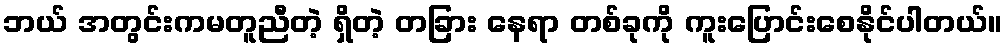
ဘယ် အတွင်းကမတူညီတဲ့ ရှိတဲ့ တခြား နေရာ တစ်ခုကို ကူးပြောင်းစေနိုင်ပါတယ်။